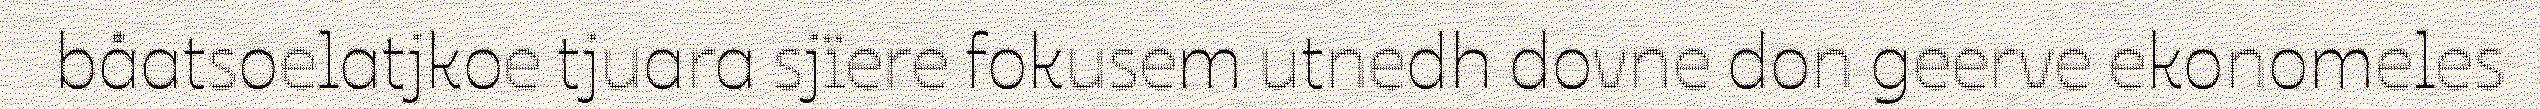
båatsoelatjkoe tjuara sjïere fokusem utnedh dovne don geerve ekonomeles